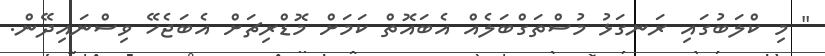
" މި ކްލަބުގައި ރަނގަޅު މުސްތަގްބަލެއް އެބައޮތް ކަމަށް މޮޑްރިޗަށް އެބަޖެހޭ ވިސްނައިދޭން.